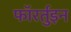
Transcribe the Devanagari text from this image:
फॉरर्तुइन